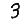
Digit: 3